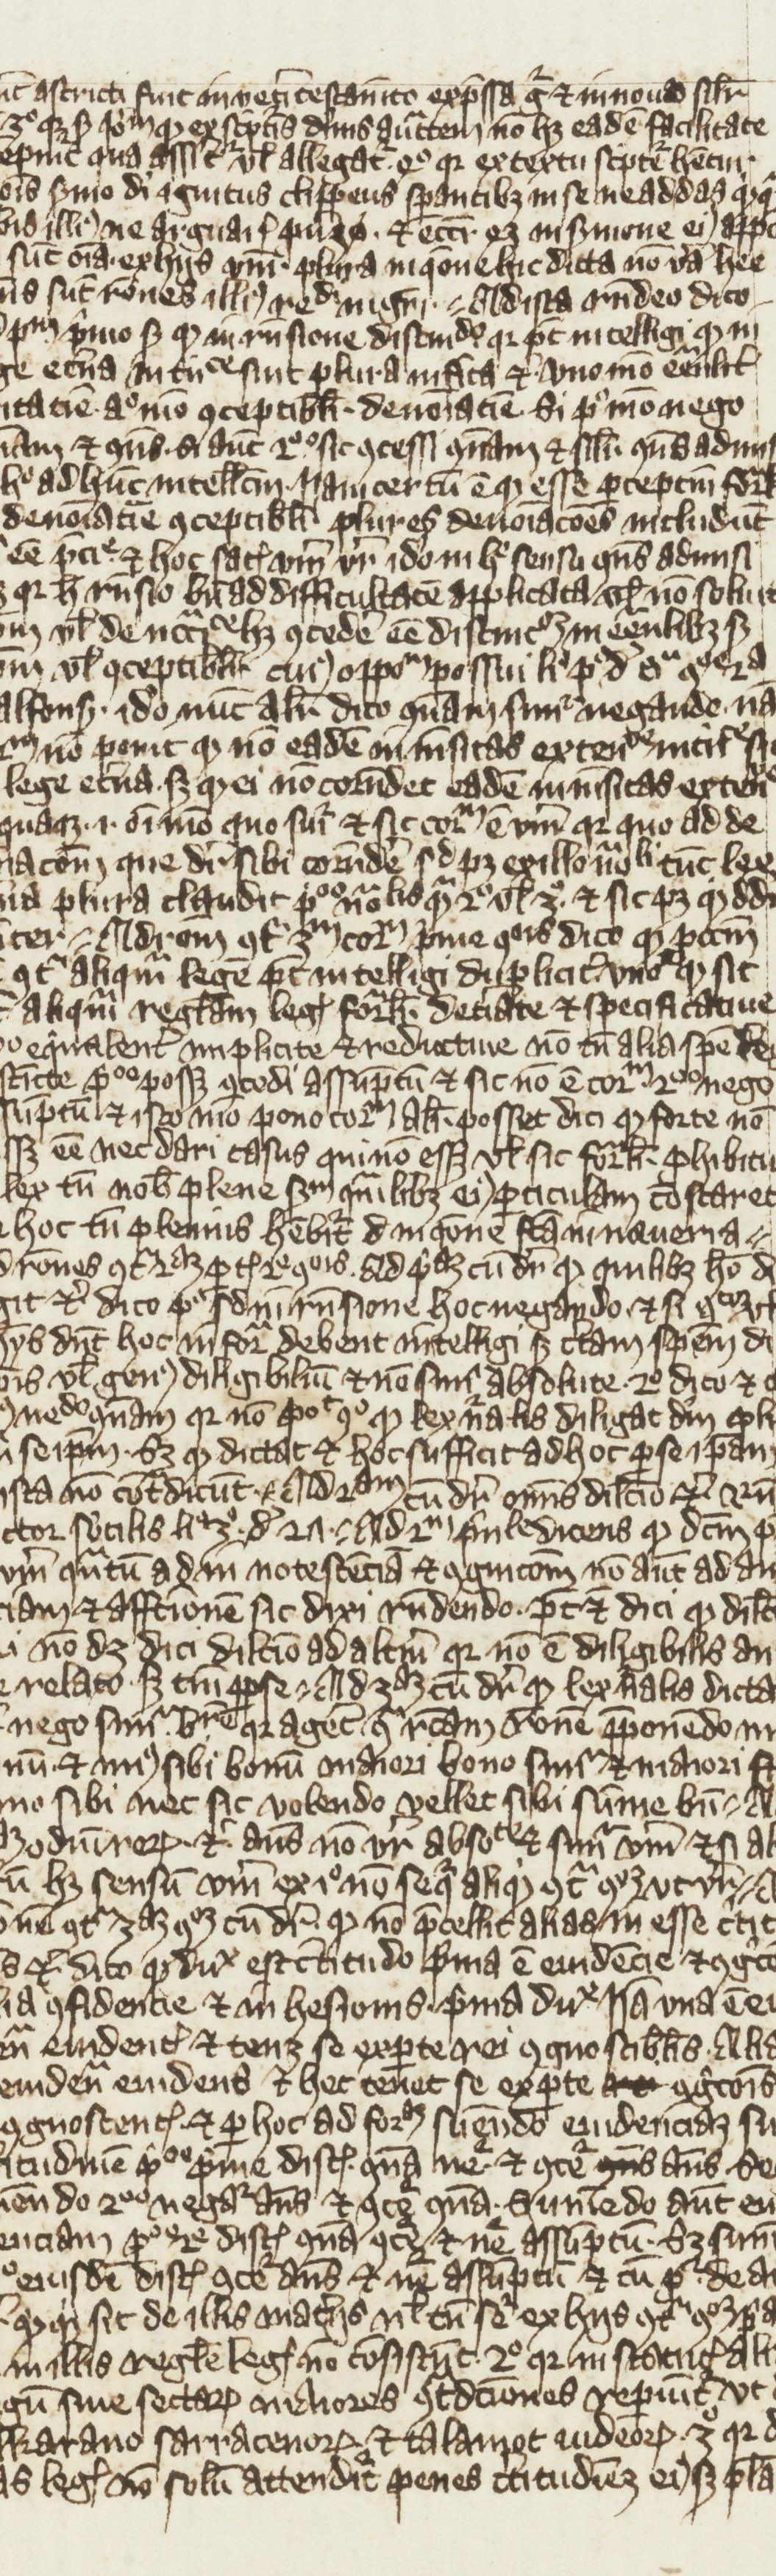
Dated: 1270–1399